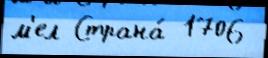
м'ел Страна́ 1706